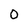
Character: 0